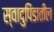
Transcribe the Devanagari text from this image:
स्वादुपिंडातील